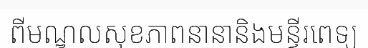
ពីមណ្ឌលសុខភាពនានានិងមន្ទីរពេទ្យ